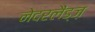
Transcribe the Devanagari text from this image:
नेदरलैंड्ज़